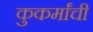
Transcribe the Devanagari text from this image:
कुकर्मांची